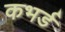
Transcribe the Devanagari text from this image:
कभर्ड